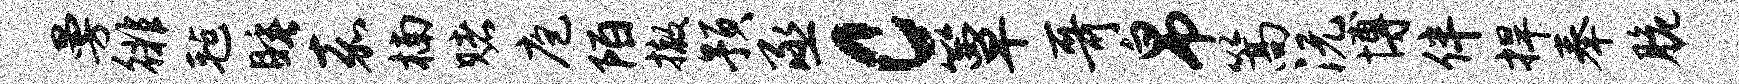
曼徘毡睡嘉楠赌庖陌撤预丞c簟哥帛篙沅博伴捍奉脆